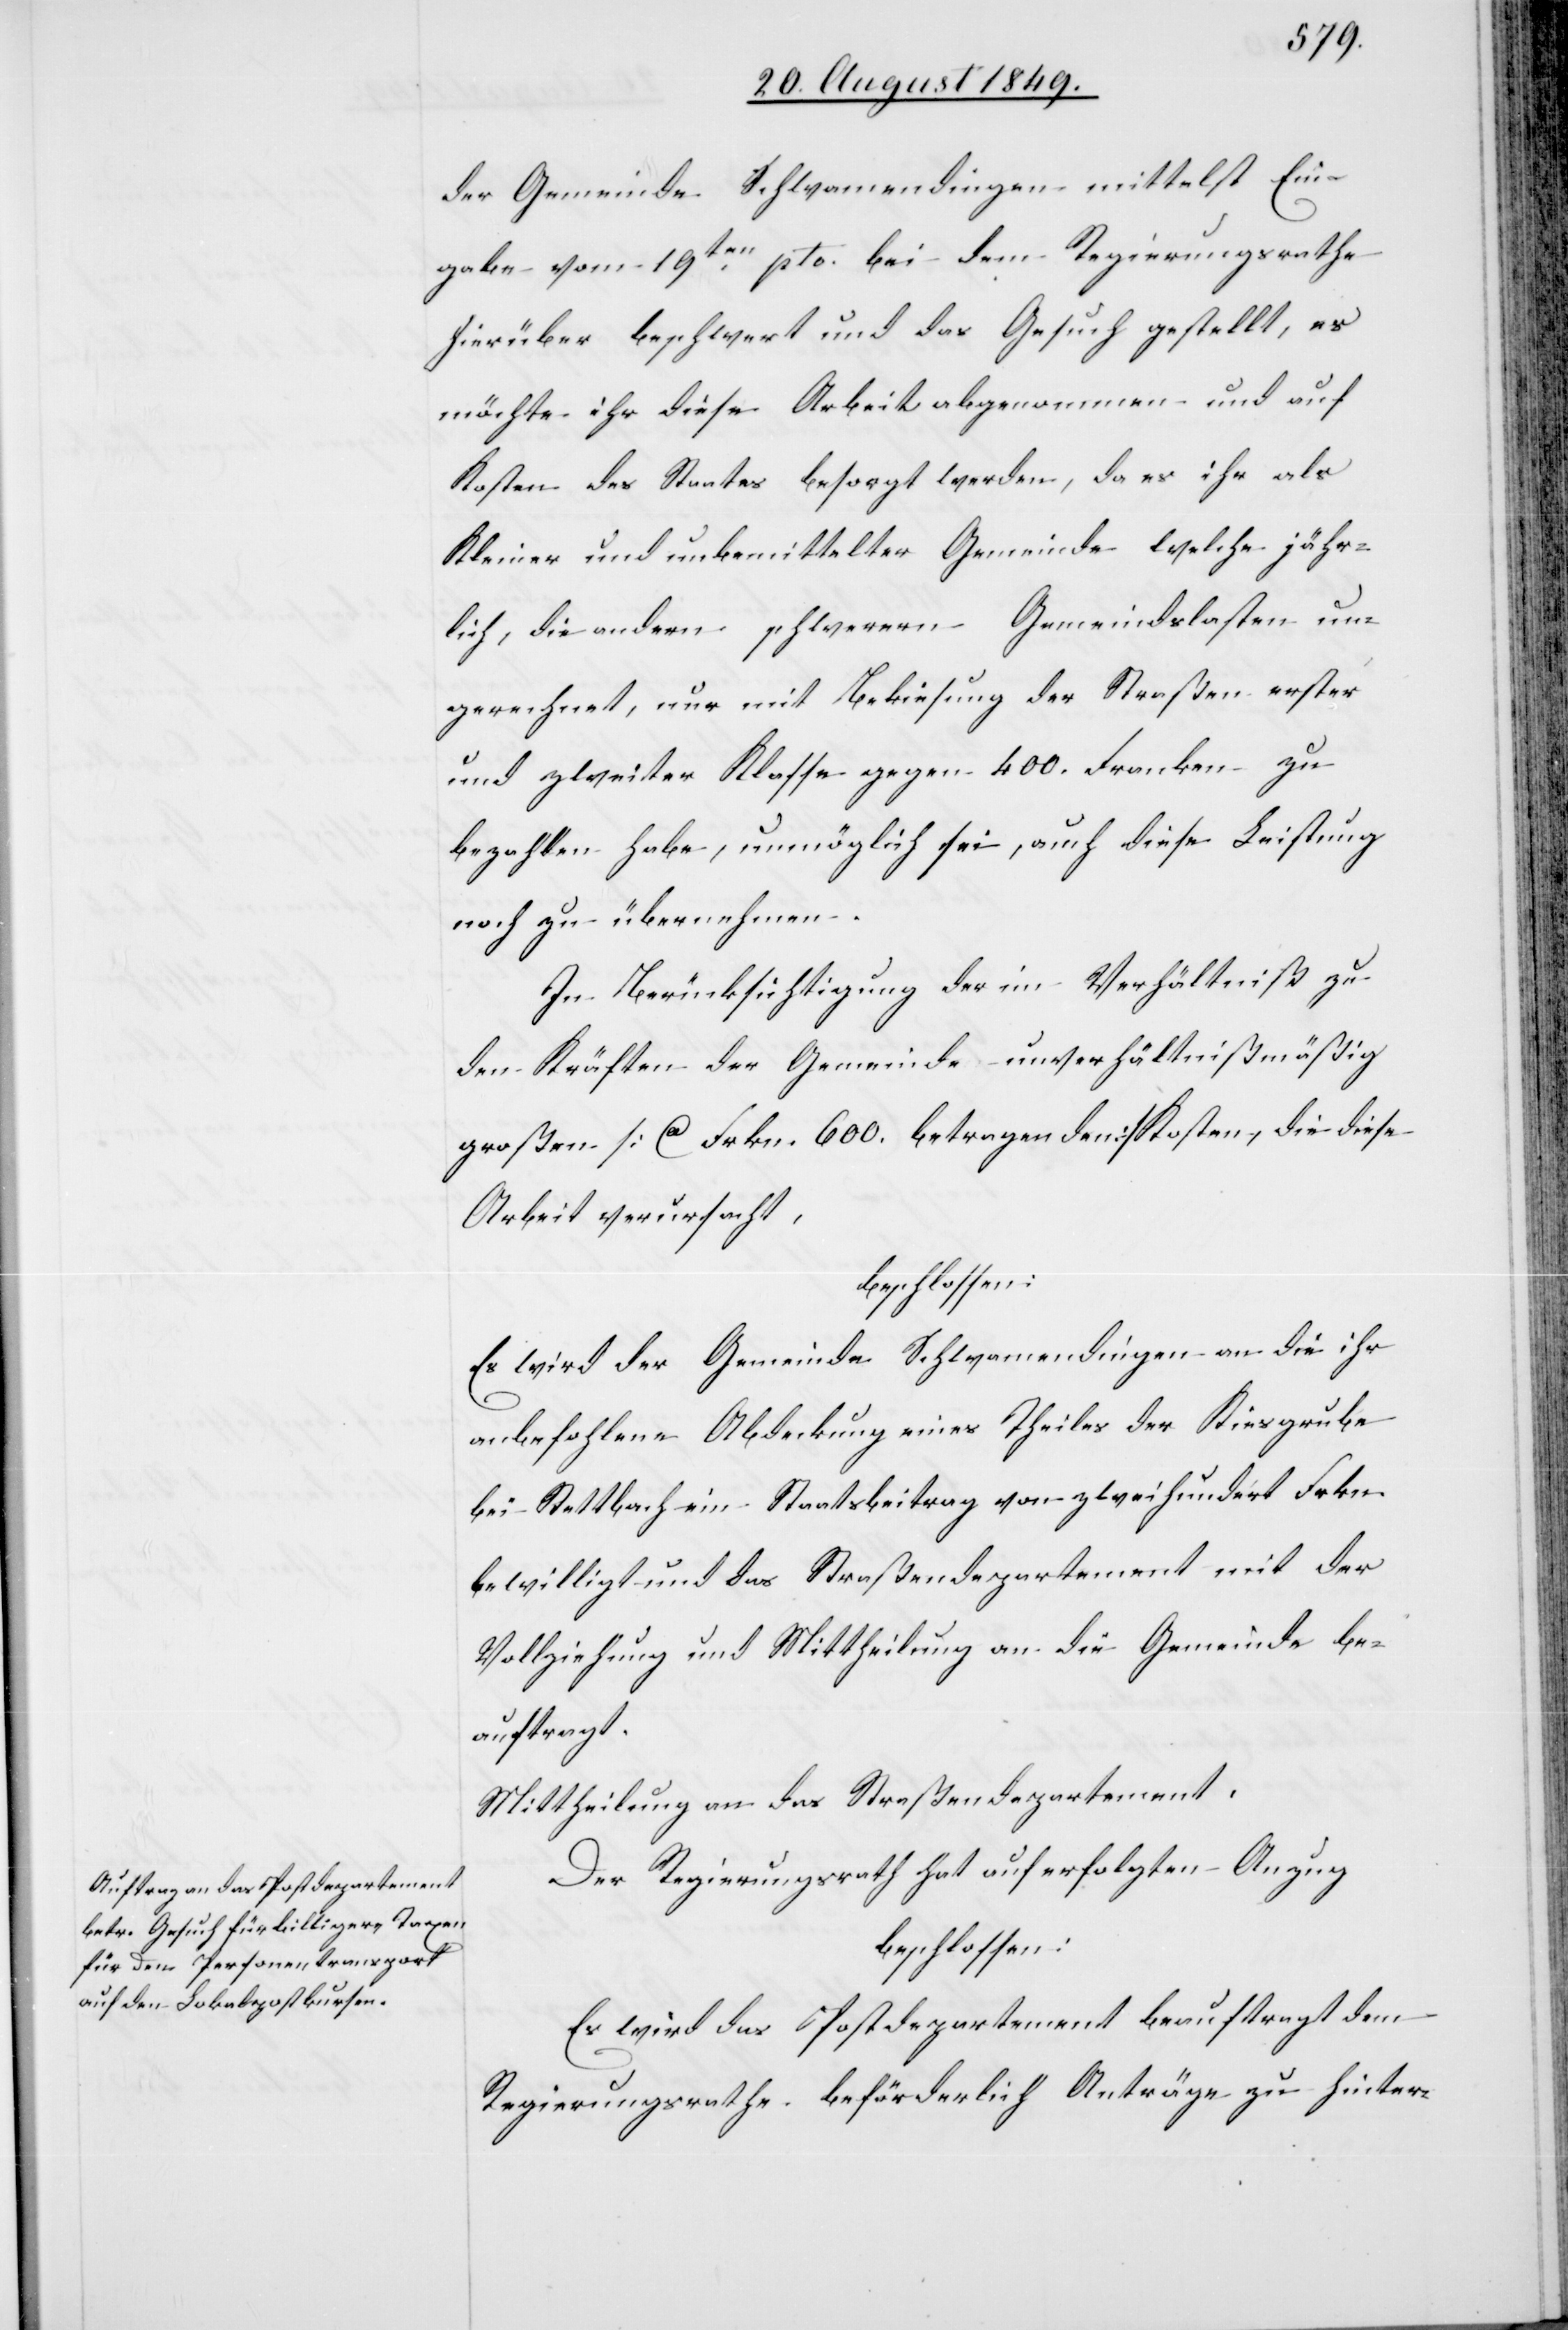
der Gemeinde Schwamendingen mittelst Ein¬
gabe vom 19ten pto bei dem Regierungsrathe
hierüber beschwert und das Gesucht gestellt, es
möchte ihr diese Arbeit abgenommen und auf
Kosten des Staates besorgt werden, da es ihr als
Kleiner und unbemittelter Gemeinde welche jähr¬
lich, die andern schwerern Gemeindslasten un¬
gerechnet, nur mit Bekiesung der Straßen erster
und zweiter Klasse gegen 400. Franken zu
bezahlen habe, unmöglich sei, auch diese Leistung
noch zu übernehmen.
In Berücksichtigung der im Verhältniß zu
den Kräften der Gemeinde unverhältnißmäßig
großen [ca Frkn. 600. betragenden] Kosten, die diese
Arbeit verursacht,
beschlossen:
Es wird der Gemeinde Schwamendingen an die ihr
anbefohlene Abdeckung eines Theiles der Kiesgrube
bei Stettbach ein Staatsbeitrag von zweihundert Frkn.
bewilligt und das Straßendepartement mit der
Vollziehung und Mittheilung an die Gemeinde be¬
auftragt.
Mittheilung an das Straßendepartement.
Der Regierungsrath hat auf erfolgten Anzug
beschlossen:
Es wird das Postdepartement beauftragt dem
Regierungsrathe beförderlich Anträge zu hinter-